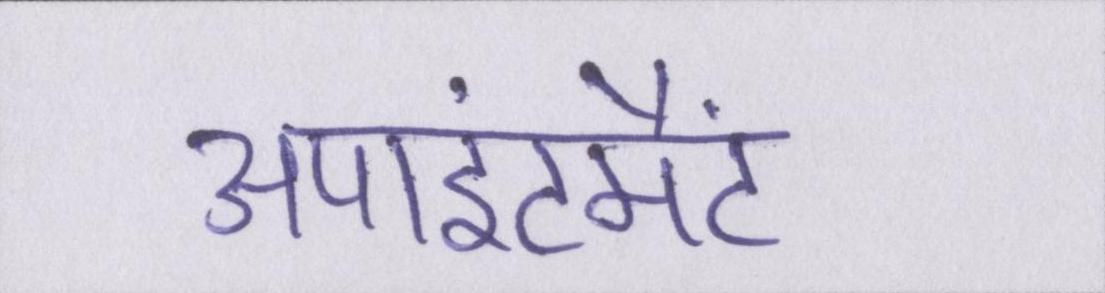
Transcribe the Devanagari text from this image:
अपाइंटमैंट